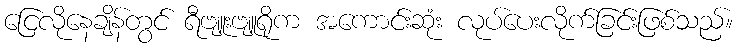
ငြေလိုနေချိန်တွင် ရီဗျူးဗျူရိုက အကောင်းဆုံး လုပ်ပေးလိုက်ခြင်းဖြစ်သည်။